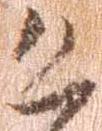
恐